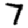
Digit: 7